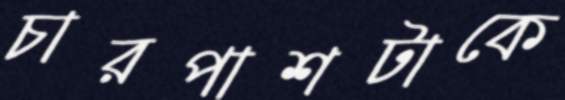
চারপাশটাকে